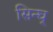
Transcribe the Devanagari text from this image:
सिन्घ्